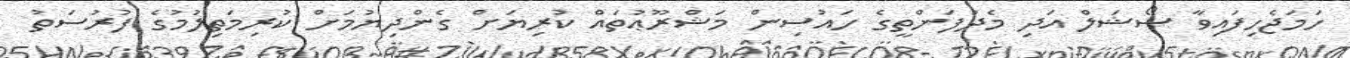
ހަމަޖެހިފައިވާ ސޯޝަލް އަދި މެދުފަންތީގެ ހައުސިން މަޝްރޫޢުތައް ކުރިޔަށް ގެންދިޔުމަށް ކުރިމަތިލުމުގެ ފުރުސަތު